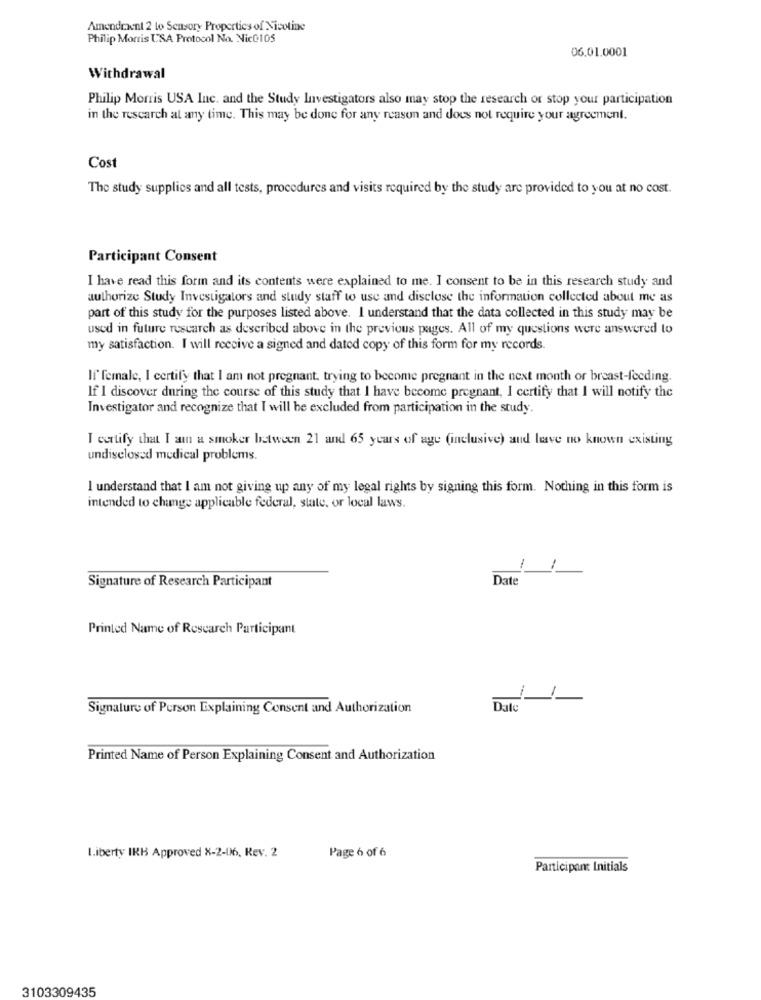
Amendment 2 to Sensory Properties of Nicotine
Philip Morris USA Protocol No. Nic@105
06.01.0001
Withdrawal
Philip Morris USA Inc. and the Study Investigators also may stop the research or stop your participation
in the research at any time. This may be done for any reason and does not require your agreement.
Cost
The study supplies and all tests, procedures and visits required by the study are provided to you at no cost.
Participant Consent
I have read this form and its contents were explained to me. I consent to be in this research study and
authorize Study Investigators and study staff to use and disclose the information collected about me as
part of this study for the purposes listed above. I understand that the data collected in this study may be
used in future research as described above in the previous pages. All of my questions were answered to
my satisfaction. I will receive a signed and dated copy of this form for my records.
If' female, I certify that I am not pregnant. trying to become pregnant in the next month or breast-feeding.
If I discover during the course of this study that I have become pregnant, I certify that I will notify the
Investigator and recognize that I will be excluded from participation in the study.
I certify that I anun a smoker between 21 and 65 years of age (inclusive) and leave no known existing
undisclosed medical problems.
I understand that I am not giving up any of my legal rights by signing this form. Nothing in this form is
intended to change applicable federal, state, or local laws.
1
Date
Signature of Research Participant
Printed Name of Research Participant
Signature of Person Explaining Consent and Authorization
Dat
Printed Name of Person Explaining Consent and Authorization
Page 6 of 6
Liberty IRB Approved X-2-06, Rev. 2
Participant Initials
3103309435